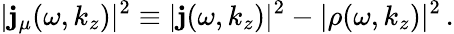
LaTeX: |\mathbf{j}_{\mu}(\omega,k_{z})|^{2}\equiv|\boldsymbol{\mathbf{j}}(\omega,k_{z})|^{2}-|\rho(\omega,k_{z})|^{2}\, .